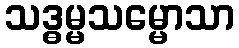
သဒ္ဓမ္မသမ္မောသာ